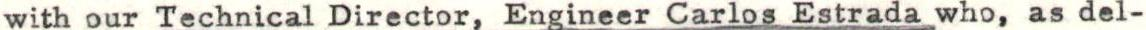
with our Technical Director, Engineer Carlos Estrada who, as del-